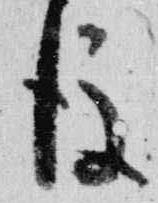
後